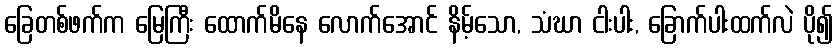
ခြေတစ်ဖက်က မြေကြီး ထောက်မိနေ လောက်အောင် နိမ့်သော, သံဃာ ငါးပါး, ခြောက်ပါးထက်လဲ ပို၍